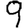
Digit: 9